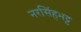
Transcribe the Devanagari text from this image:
नरसिंहभट्ट